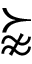
\succnapprox